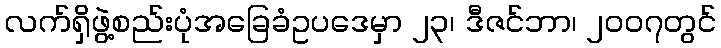
လက်ရှိဖွဲ့စည်းပုံအခြေခံဥပဒေမှာ ၂၃၊ ဒီဇင်ဘာ၊ ၂၀၀၇တွင်